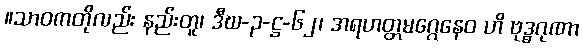
။သာဝကတိုလည်း နည်းတူ၊ ဒီဃ-၃-ဋ္ဌ-၆၂၊ အရဟတ္တမဂ္ဂေနေဝ ဟိ ဗုဒ္ဓဂုဏာ